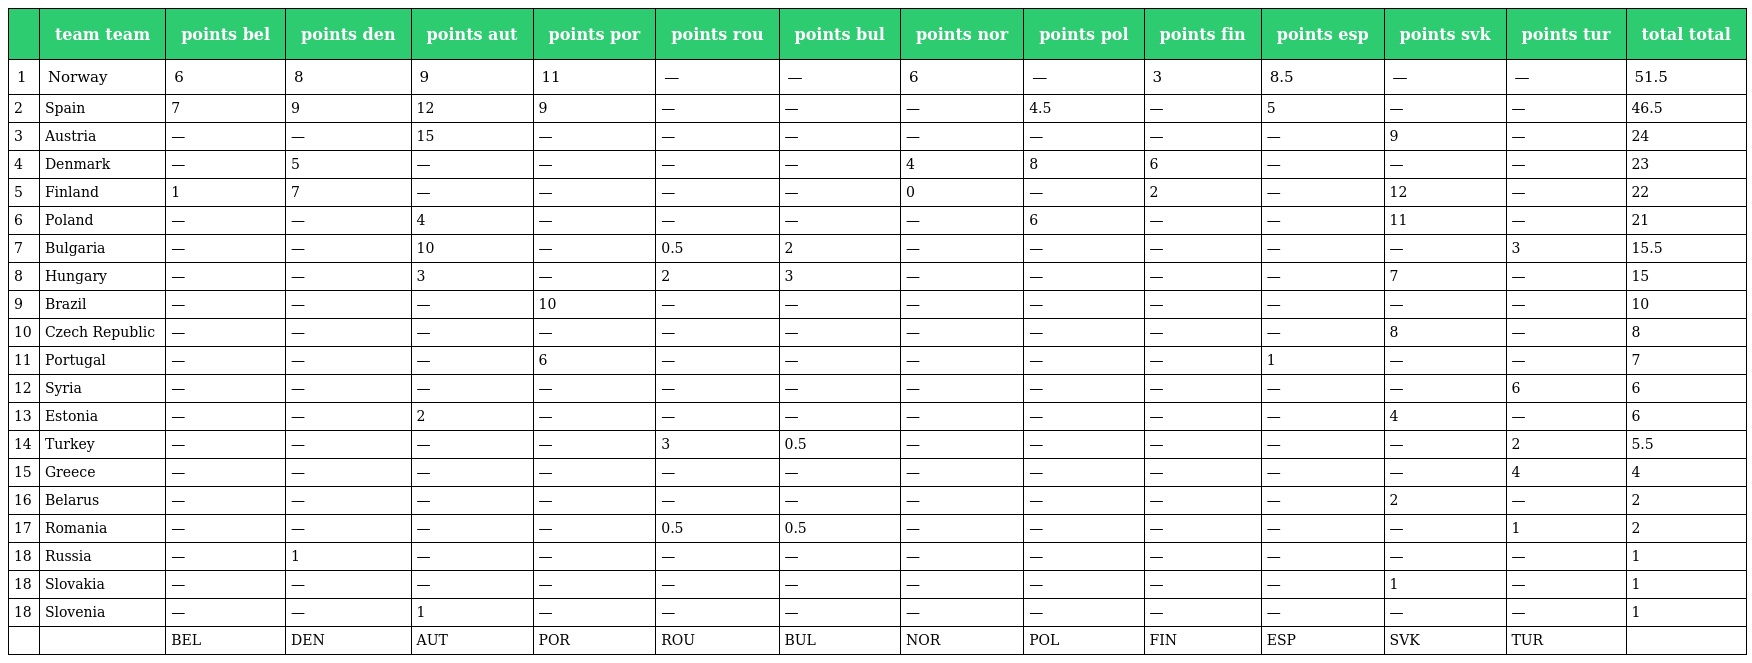
|  | team team | points bel | points den | points aut | points por | points rou | points bul | points nor | points pol | points fin | points esp | points svk | points tur | total total |
 | --- | --- | --- | --- | --- | --- | --- | --- | --- | --- | --- | --- | --- | --- | --- |
 | 1 | Norway | 6 | 8 | 9 | 11 | — | — | 6 | — | 3 | 8.5 | — | — | 51.5 |
 | 2 | Spain | 7 | 9 | 12 | 9 | — | — | — | 4.5 | — | 5 | — | — | 46.5 |
 | 3 | Austria | — | — | 15 | — | — | — | — | — | — | — | 9 | — | 24 |
 | 4 | Denmark | — | 5 | — | — | — | — | 4 | 8 | 6 | — | — | — | 23 |
 | 5 | Finland | 1 | 7 | — | — | — | — | 0 | — | 2 | — | 12 | — | 22 |
 | 6 | Poland | — | — | 4 | — | — | — | — | 6 | — | — | 11 | — | 21 |
 | 7 | Bulgaria | — | — | 10 | — | 0.5 | 2 | — | — | — | — | — | 3 | 15.5 |
 | 8 | Hungary | — | — | 3 | — | 2 | 3 | — | — | — | — | 7 | — | 15 |
 | 9 | Brazil | — | — | — | 10 | — | — | — | — | — | — | — | — | 10 |
 | 10 | Czech Republic | — | — | — | — | — | — | — | — | — | — | 8 | — | 8 |
 | 11 | Portugal | — | — | — | 6 | — | — | — | — | — | 1 | — | — | 7 |
 | 12 | Syria | — | — | — | — | — | — | — | — | — | — | — | 6 | 6 |
 | 13 | Estonia | — | — | 2 | — | — | — | — | — | — | — | 4 | — | 6 |
 | 14 | Turkey | — | — | — | — | 3 | 0.5 | — | — | — | — | — | 2 | 5.5 |
 | 15 | Greece | — | — | — | — | — | — | — | — | — | — | — | 4 | 4 |
 | 16 | Belarus | — | — | — | — | — | — | — | — | — | — | 2 | — | 2 |
 | 17 | Romania | — | — | — | — | 0.5 | 0.5 | — | — | — | — | — | 1 | 2 |
 | 18 | Russia | — | 1 | — | — | — | — | — | — | — | — | — | — | 1 |
 | 18 | Slovakia | — | — | — | — | — | — | — | — | — | — | 1 | — | 1 |
 | 18 | Slovenia | — | — | 1 | — | — | — | — | — | — | — | — | — | 1 |
 |  |  | BEL | DEN | AUT | POR | ROU | BUL | NOR | POL | FIN | ESP | SVK | TUR |  |